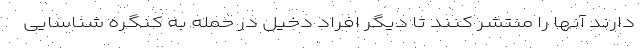
دارند آنها را منتشر کنند تا دیگر افراد دخیل در حمله به کنگره شناسایی